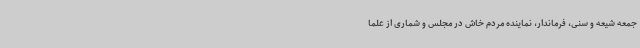
جمعه شیعه و سنی، فرماندار، نماینده مردم خاش در مجلس و شماری از علما